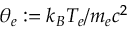
\theta _ { e } : = k _ { B } T _ { e } / m _ { e } c ^ { 2 }